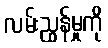
လမ်းညွှန်မှုကို